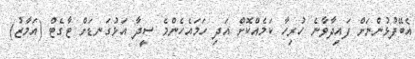
އެބޭފުޅުންނަށް ފައިދާވާނެ ހުރިހާ ކަމެއްކޮށް އަދި ހަމައެހެންމެ ސީދާ އަޅުގަނޑަށް ޓާގެޓް (އަމާޒު)